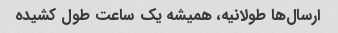
ارسال‌ها طولانیه، همیشه یک ساعت طول کشیده